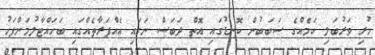
ހުރި ވަރުބަލި ކަމެއްގެ ސަބަބުން ކޮނޑުގައި އޮތްް ދަބަސް ނަގައި އެއްފަރާތެެއްގައި ބަހައްޓާލުމަށްފަހު